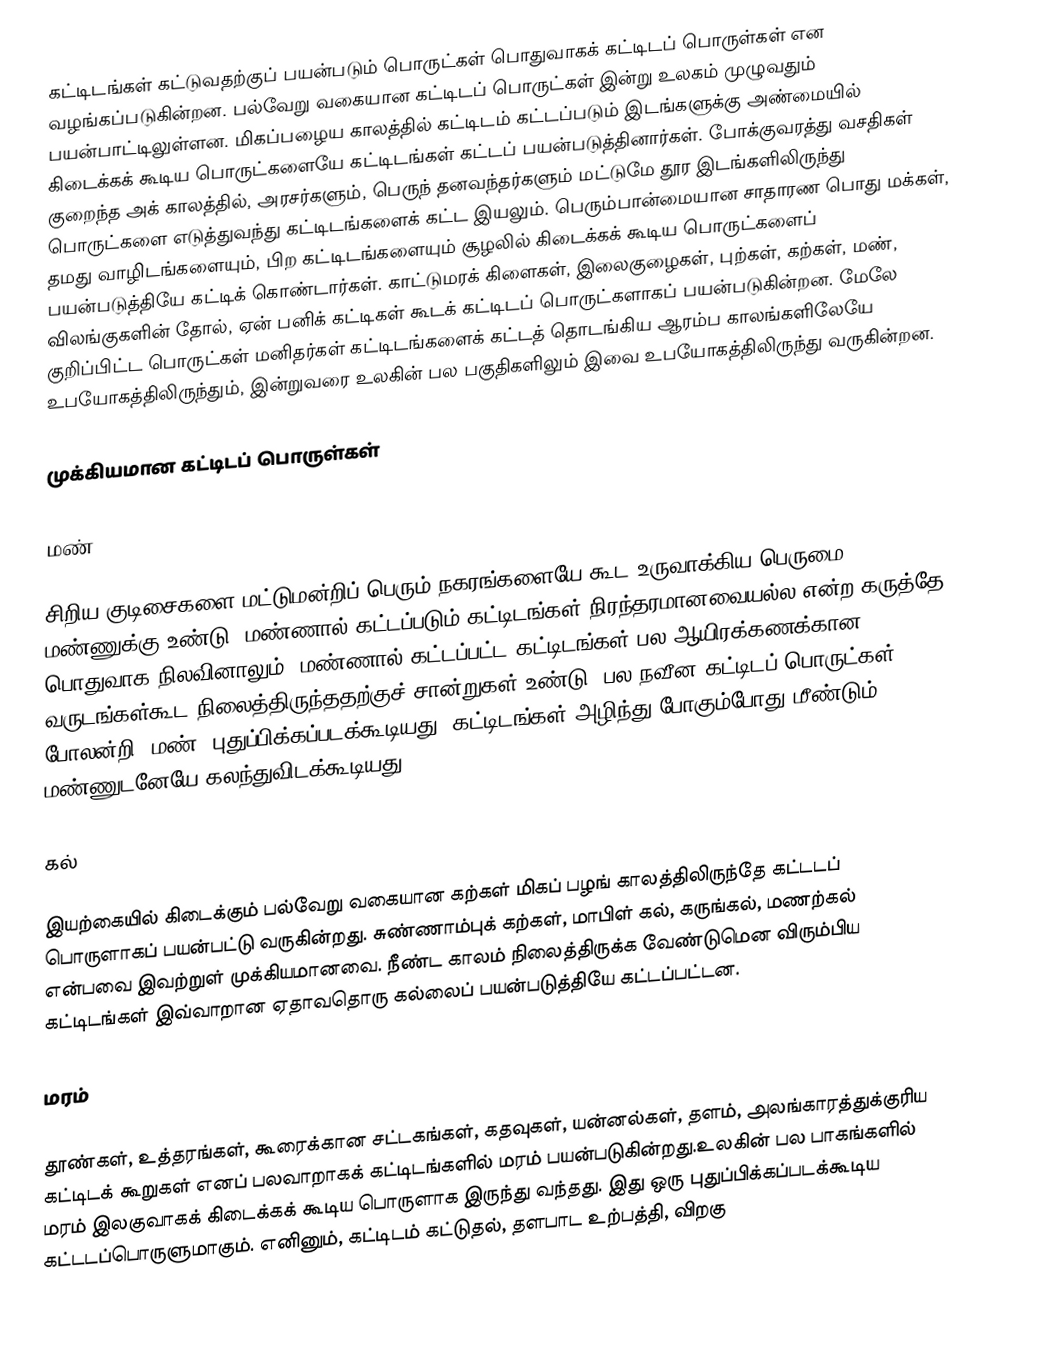
கட்டிடங்கள் கட்டுவதற்குப் பயன்படும் பொருட்கள் பொதுவாகக் கட்டிடப் பொருள்கள் என வழங்கப்படுகின்றன. பல்வேறு வகையான கட்டிடப் பொருட்கள் இன்று உலகம் முழுவதும் பயன்பாட்டிலுள்ளன. மிகப்பழைய காலத்தில் கட்டிடம் கட்டப்படும் இடங்களுக்கு அண்மையில் கிடைக்கக் கூடிய பொருட்களையே கட்டிடங்கள் கட்டப் பயன்படுத்தினார்கள். போக்குவரத்து வசதிகள் குறைந்த அக் காலத்தில், அரசர்களும், பெருந் தனவந்தர்களும் மட்டுமே தூர இடங்களிலிருந்து பொருட்களை எடுத்துவந்து கட்டிடங்களைக் கட்ட இயலும். பெரும்பான்மையான சாதாரண பொது மக்கள், தமது வாழிடங்களையும், பிற கட்டிடங்களையும் சூழலில் கிடைக்கக் கூடிய பொருட்களைப் பயன்படுத்தியே கட்டிக் கொண்டார்கள். காட்டுமரக் கிளைகள், இலைகுழைகள், புற்கள், கற்கள், மண், விலங்குகளின் தோல், ஏன் பனிக் கட்டிகள் கூடக் கட்டிடப் பொருட்களாகப் பயன்படுகின்றன. மேலே குறிப்பிட்ட பொருட்கள் மனிதர்கள் கட்டிடங்களைக் கட்டத் தொடங்கிய ஆரம்ப காலங்களிலேயே உபயோகத்திலிருந்தும், இன்றுவரை உலகின் பல பகுதிகளிலும் இவை உபயோகத்திலிருந்து வருகின்றன.

முக்கியமான கட்டிடப் பொருள்கள்

மண்

சிறிய குடிசைகளை மட்டுமன்றிப் பெரும் நகரங்களையே கூட உருவாக்கிய பெருமை மண்ணுக்கு உண்டு. மண்ணால் கட்டப்படும் கட்டிடங்கள் நிரந்தரமானவையல்ல என்ற கருத்தே பொதுவாக நிலவினாலும், மண்ணால் கட்டப்பட்ட கட்டிடங்கள் பல ஆயிரக்கணக்கான வருடங்கள்கூட நிலைத்திருந்ததற்குச் சான்றுகள் உண்டு. பல நவீன கட்டிடப் பொருட்கள் போலன்றி, மண், புதுப்பிக்கப்படக்கூடியது. கட்டிடங்கள் அழிந்து போகும்போது மீண்டும் மண்ணுடனேயே கலந்துவிடக்கூடியது.

கல்

இயற்கையில் கிடைக்கும் பல்வேறு வகையான கற்கள் மிகப் பழங் காலத்திலிருந்தே கட்டடப் பொருளாகப் பயன்பட்டு வருகின்றது. சுண்ணாம்புக் கற்கள், மாபிள் கல், கருங்கல், மணற்கல் என்பவை இவற்றுள் முக்கியமானவை. நீண்ட காலம் நிலைத்திருக்க வேண்டுமென விரும்பிய கட்டிடங்கள் இவ்வாறான ஏதாவதொரு கல்லைப் பயன்படுத்தியே கட்டப்பட்டன.

மரம்

தூண்கள், உத்தரங்கள், கூரைக்கான சட்டகங்கள், கதவுகள், யன்னல்கள், தளம், அலங்காரத்துக்குரிய கட்டிடக் கூறுகள் எனப் பலவாறாகக் கட்டிடங்களில் மரம் பயன்படுகின்றது.உலகின் பல பாகங்களில் மரம் இலகுவாகக் கிடைக்கக் கூடிய பொருளாக இருந்து வந்தது. இது ஒரு புதுப்பிக்கப்படக்கூடிய கட்டடப்பொருளுமாகும். எனினும், கட்டிடம் கட்டுதல், தளபாட உற்பத்தி, விறகு